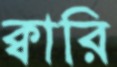
ক্বারি